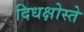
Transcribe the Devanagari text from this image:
दिधक्षोस्ते